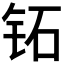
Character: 𬬷